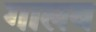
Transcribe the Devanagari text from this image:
गालब